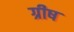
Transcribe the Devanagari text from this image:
ग्रीष